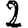
Digit: 2